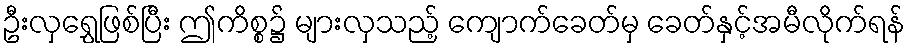
ဦးလှရွှေဖြစ်ပြီး ဤကိစ္စ၌ များလှသည့် ကျောက်ခေတ်မှ ခေတ်နှင့်အမီလိုက်ရန်